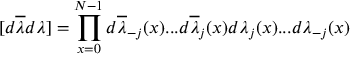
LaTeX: [ d \overline { { { \lambda } } } d \lambda ] = \prod _ { x = 0 } ^ { N - 1 } d \overline { { { \lambda } } } _ { - j } ( x ) . . . d \overline { { { \lambda } } } _ { j } ( x ) d \lambda _ { j } ( x ) . . . d \lambda _ { - j } ( x )